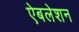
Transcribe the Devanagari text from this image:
ऐबलेशन